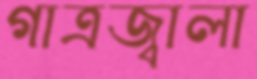
গাত্রজ্বালা